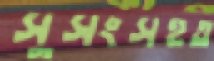
সুসংসহত